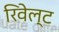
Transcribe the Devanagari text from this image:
रिवेल्ट